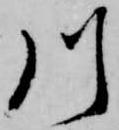
川